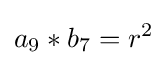
a_{9}*b_{7}=r^{2}